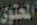
المحتوى